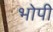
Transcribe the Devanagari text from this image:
भोपी